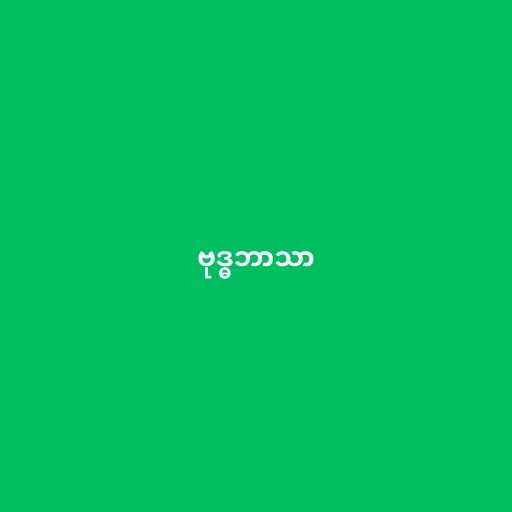
ဗုဒ္ဓဘာသာ